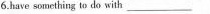
6.have something to do with\underline